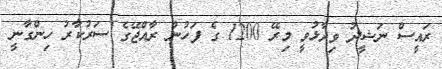
ރައީސް ނަޝީދު ވިދާޅުވީ މިރޭ 1200 ގެ ފަހުން ރާއްޖޭގެ ސަރުކާރު ހިންގާނީ